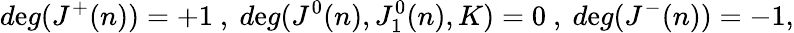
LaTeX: d\mathrm{e}g(J^{+}(n))=+1\ ,\ d\mathrm{e}g(J^{0}(n),J_{1}^{0}(n),K)=0\ ,\ d\mathrm{e}g(J^{-}(n))=-1,